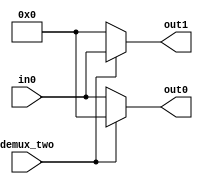
// -----------------------------------------------------------------------
// EDABK       401 C9 Building, Hanoi University of Science and Technology
//             No 1, Dai Co Viet Street, Hai Ba Trung Dist., Hanoi
// -----------------------------------------------------------------------
// Project     : Singular Value Decomposition


module demux_two_ins
#(
	parameter data_width = 256
)
(
	input		[data_width-1:0] 	in0,
	input								demux_two,
	output	[data_width-1:0]	out0,out1
);
	assign out0 = (demux_two==1'b0) ? in0 : 0;
	assign out1 = (demux_two==1'b1) ? in0 : 0;

endmodule